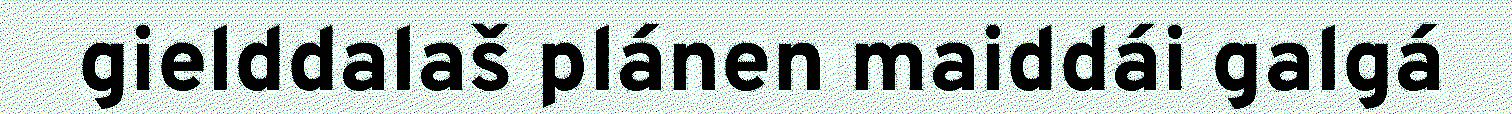
gielddalaš plánen maiddái galgá